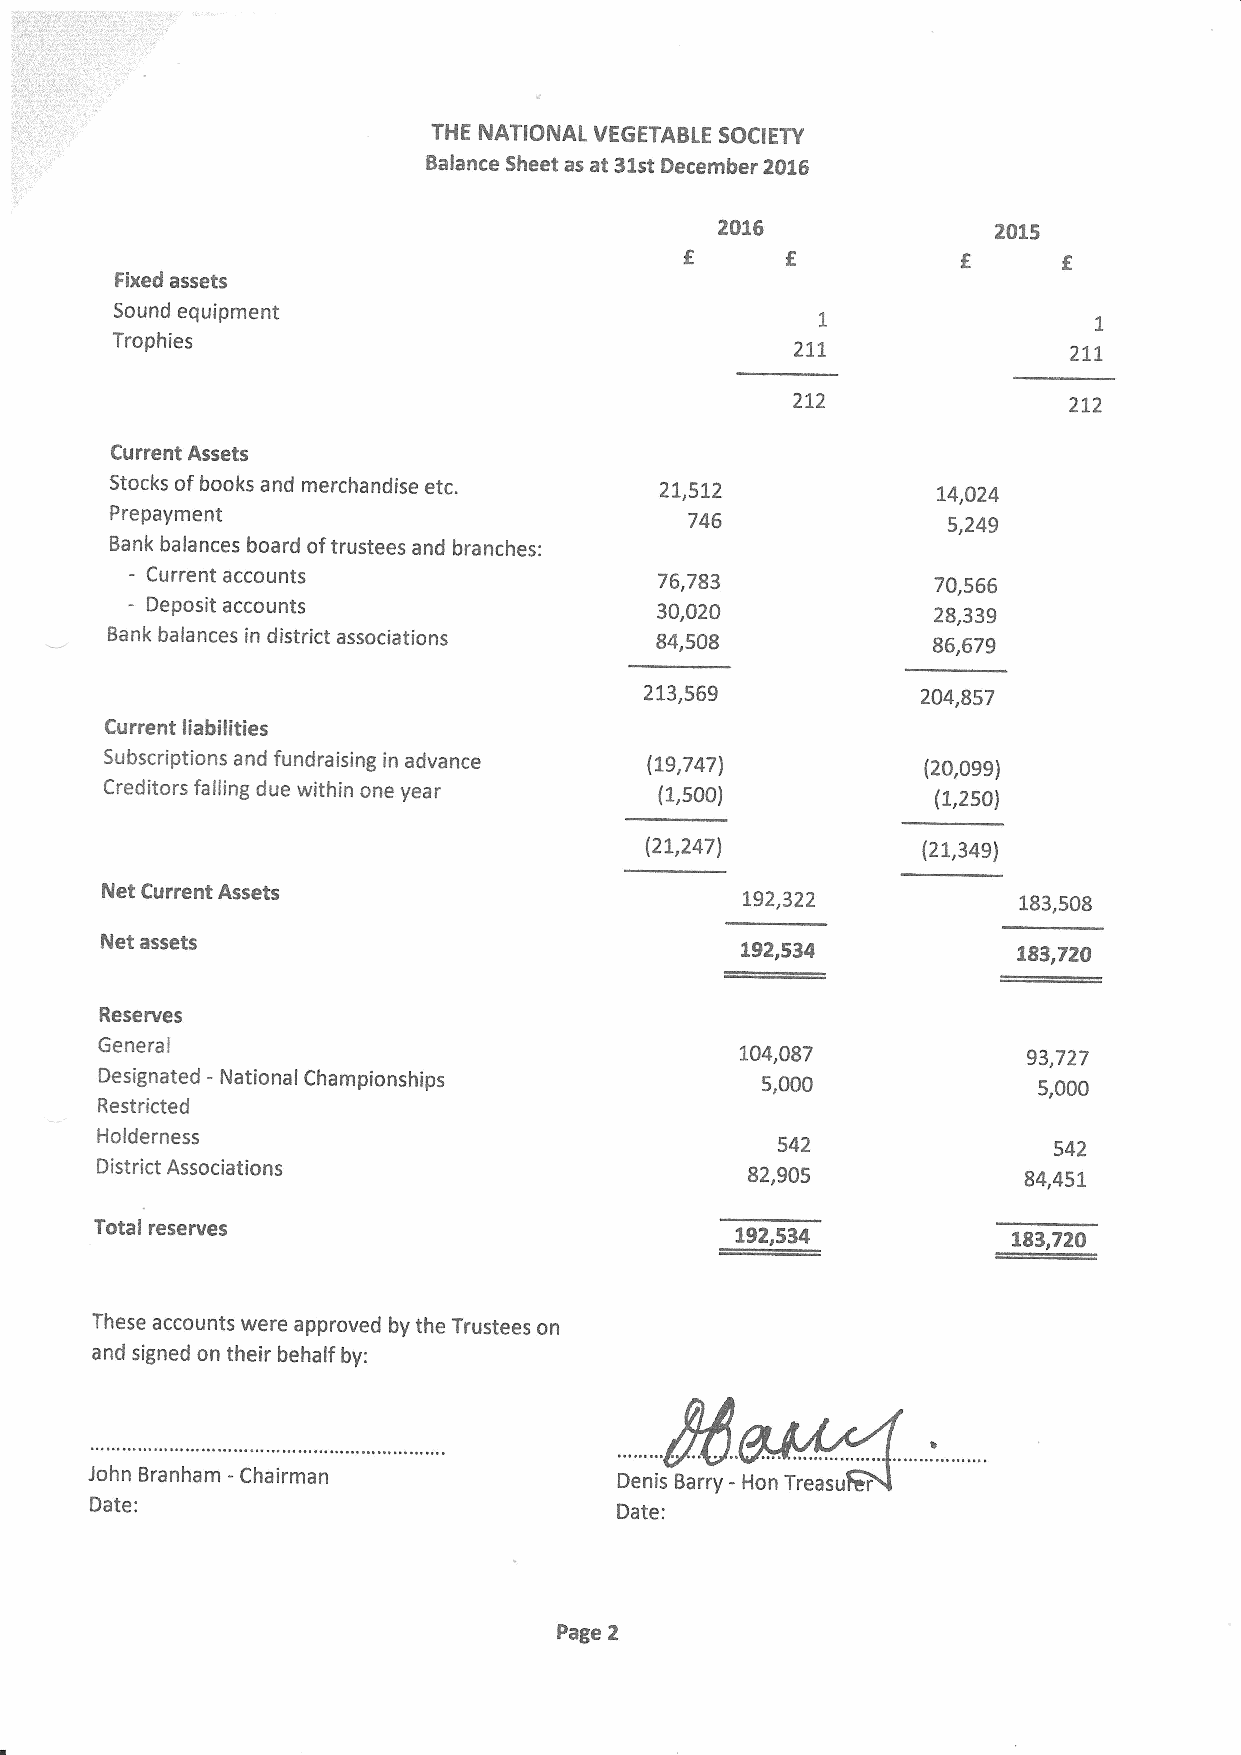
THE NATIONAL VEGETABLE SOCIETY
 Balance Sheet as at 31stDecember 2016
 2016              2015
 Fixed assets
 Sound equipment                               1                 1
 Trophies                                      211               211
 212                212
 Current Assets
 Stocks ofbooks and merchandise etc.  21,512            14,024
 Prepayment                             746              5,249
 Bank balances board oftrustees and branches:
 - Current accounts                76,783             70,566
 - Deposit accounts                 30,020             28,339
 Bank balances in district associations 84,508          86,679
 213,569           204,857
 Current liabilities
 Subscriptions and fundraising in advance (19,747)     (20,099)
 Creditors falling due within one year (1,500)          (1,250)
 (21,247)          (21,349)
 Net Current Assets                        192,322           183,508
 Net assets
 192,534           183,720
 Reserves
 General
 104,087            93,727
 Designated - National Championships        5,000              5,000
 Restricted
 Holderness
 542                542
 District Associations                      82,905             84,451
 Total reserves
 192,534           183,720
 These accounts were approved by the Trustees on
 and signed on their behalf by:
 John Branham -Chairman             Denis Barry - Hon Treasu r
 Date:
 Date:
 Page 2